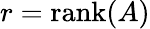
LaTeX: r={\mathrm{rank}}(A)